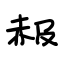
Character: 赧